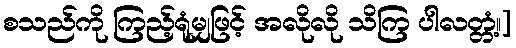
စသည်ကို ကြည့်ရုံမျှဖြင့် အလိုလို သိကြ ပါလတ္တံ့၊၊]